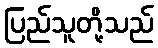
ပြည်သူတို့သည်